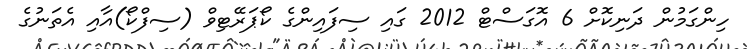
ހިންގަމުން ދަނިކޮށް 6 އޮގަސްޓް 2012 ގައި ސިފައިންގެ ކޯޕަރޭޓިވް (ސިފްކޯ)އާއި އެތަނުގެ